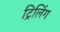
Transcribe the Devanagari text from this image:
ट्रिलिंग